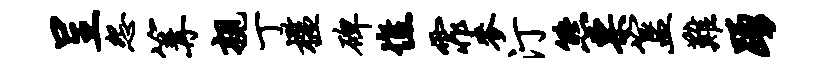
呈怨篝亲丁槛碑憔霏麦汀熊票簋难踊